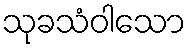
သုခသံဝါသော